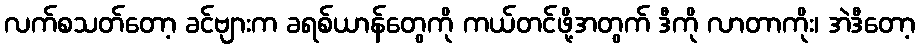
လက်စသတ်တော့ ခင်ဗျားက ခရစ်ယာန်တွေကို ကယ်တင်ဖို့အတွက် ဒီကို လာတာကိုး၊ အဲဒီတော့